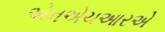
એનએચઆરએ